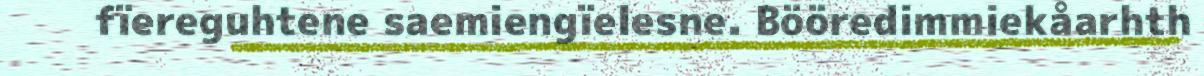
fïereguhtene saemiengïelesne. Bööredimmiekåarhth